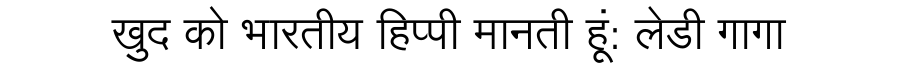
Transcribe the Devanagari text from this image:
खुद को भारतीय हिप्पी मानती हूं: लेडी गागा